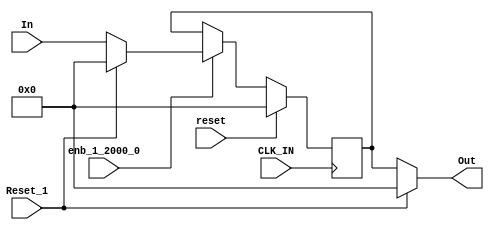
// -------------------------------------------------------------
// 
// 
// Generated by MATLAB 8.2 and HDL Coder 3.3
// 
// -------------------------------------------------------------


// -------------------------------------------------------------
// 
// Module: velocityControlHdl_Reset_Delay_block1
// Source Path: velocityControlHdl/Control_Velocity/Rotor_Velocity_Control/Reset_Delay
// Hierarchy Level: 6
// 
// -------------------------------------------------------------

`timescale 1 ns / 1 ns

module velocityControlHdl_Reset_Delay_block1
          (
           CLK_IN,
           reset,
           enb_1_2000_0,
           Reset_1,
           In,
           Out
          );


  input   CLK_IN;
  input   reset;
  input   enb_1_2000_0;
  input   Reset_1;
  input   signed [31:0] In;  // sfix32_En28
  output  signed [31:0] Out;  // sfix32_En28


  wire signed [31:0] Constant1_out1;  // sfix32_En28
  wire signed [31:0] Reset_Switch1_out1;  // sfix32_En28
  reg signed [31:0] In_Delay_out1;  // sfix32_En28
  wire signed [31:0] Constant_out1;  // sfix32_En28
  wire signed [31:0] Reset_Switch_out1;  // sfix32_En28


  // <S30>/Constant1
  assign Constant1_out1 = 32'sb00000000000000000000000000000000;



  // <S30>/Reset_Switch1
  assign Reset_Switch1_out1 = (Reset_1 == 1'b0 ? In :
              Constant1_out1);



  // <S30>/In_Delay
  always @(posedge CLK_IN)
    begin : In_Delay_process
      if (reset == 1'b1) begin
        In_Delay_out1 <= 32'sb00000000000000000000000000000000;
      end
      else if (enb_1_2000_0) begin
        In_Delay_out1 <= Reset_Switch1_out1;
      end
    end



  // <S30>/Constant
  assign Constant_out1 = 32'sb00000000000000000000000000000000;



  // <S30>/Reset_Switch
  assign Reset_Switch_out1 = (Reset_1 == 1'b0 ? In_Delay_out1 :
              Constant_out1);



  assign Out = Reset_Switch_out1;

endmodule  // velocityControlHdl_Reset_Delay_block1